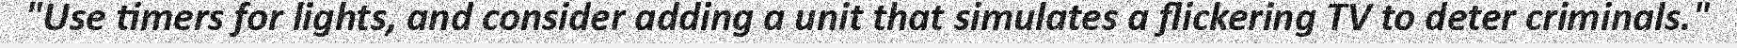
"Use timers for lights, and consider adding a unit that simulates a flickering TV to deter criminals."